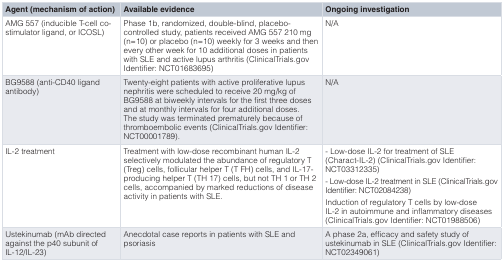
| Agent (mechanism of action) | Available evidence | Ongoing investigation |
 | --- | --- | --- |
 | AMG 557 (inducible T-cell co-stimulator ligand, or ICOSL) | Phase 1b, randomized, double-blind, placebo-controlled study, patients received AMG 557 210 mg(n=10) or placebo (n=10) weekly for 3 weeks and thenevery other week for 10 additional doses in patientswith SLE and active lupus arthritis (ClinicalTrials.govIdentifier: NCT01683695) | N/A |
 | BG9588 (anti-CD40 ligandantibody) | Twenty-eight patients with active proliferative lupusnephritis were scheduled to receive 20 mg/kg ofBG9588 at biweekly intervals for the first three dosesand at monthly intervals for four additional doses.The study was terminated prematurely because ofthromboembolic events (ClinicalTrials.gov Identifier:NCT00001789). | N/A |
 | IL-2 treatment | Treatment with low-dose recombinant human IL-2selectively modulated the abundance of regulatory T(Treg) cells, follicular helper T (T FH) cells, and IL-17-producing helper T (TH 17) cells, but not TH 1 or TH 2cells, accompanied by marked reductions of diseaseactivity in patients with SLE. | - Low-dose IL-2 for treatment of SLE(Charact-IL-2) (ClinicalTrials.gov Identifier:NCT03312335)- Low-dose IL-2 treatment in SLE (ClinicalTrials.govIdentifier: NCT02084238)Induction of regulatory T cells by low-doseIL-2 in autoimmune and inflammatory diseases(ClinicalTrials.gov Identifier: NCT01988506) |
 | Ustekinumab (mAb directedagainst the p40 subunit ofIL-12/IL-23) | Anecdotal case reports in patients with SLE andpsoriasis | A phase 2a, efficacy and safety study ofustekinumab in SLE (ClinicalTrials.gov Identifier:NCT02349061) |